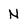
Character: n